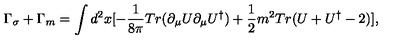
\Gamma _ { \sigma } + \Gamma _ { m } = \int d ^ { 2 } x [ - \frac { 1 } { 8 \pi } T r ( \partial _ { \mu } U \partial _ { \mu } U ^ { \dag } ) + \frac { 1 } { 2 } m ^ { 2 } T r ( U + U ^ { \dag } - 2 ) ] ,